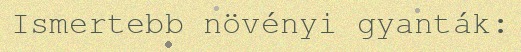
Ismertebb növényi gyanták: